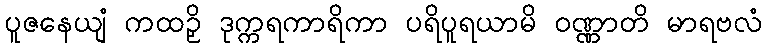
ပူဇနေယျံ ကထဉှိ ဒုက္ကရကာရိကာ ပရိပူရယာမိ ဝဏ္ဏာတိ မာရဗလံ